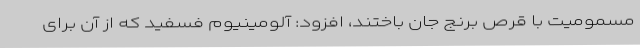
مسمومیت با قرص برنج جان باختند، افزود: آلومینیوم فسفید که از آن برای